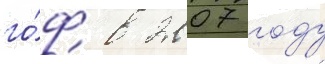
го́ф в 2007 году